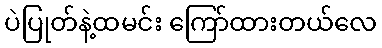
ပဲပြုတ်နဲ့ထမင်း ကြော်ထားတယ်လေ